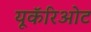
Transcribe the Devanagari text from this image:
यूकॅरिओट